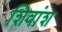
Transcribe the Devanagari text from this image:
शिवांश